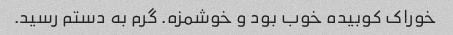
خوراک کوبیده خوب بود و خوشمزه. گرم به دستم رسید.